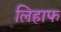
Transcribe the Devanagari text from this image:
लिहाफ